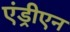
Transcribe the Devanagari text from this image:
एंड्रीएन